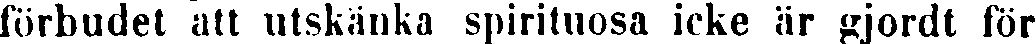
förbudet att utskänka spirituösa icke är gjordt för